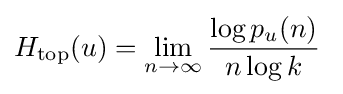
H_{\mathrm {top} }(u)=\lim _{n\rightarrow \infty }{\frac {\log p_{u}(n)}{n\log k}}\